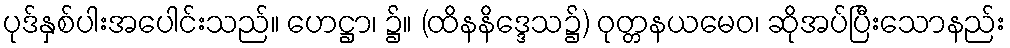
ပုဒ်နှစ်ပါးအပေါင်းသည်။ ဟေဋ္ဌာ၊ ၌။ (ထိနနိဒ္ဒေသ၌) ဝုတ္တနယမေဝ၊ ဆိုအပ်ပြီးသောနည်း